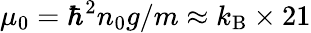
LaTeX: \mu_{0}=\hbar^{2}n_{0}g/m\approx k_{\mathrm{B}}\times 21